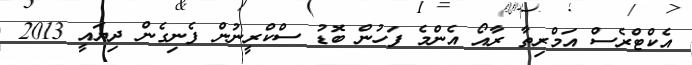
އެކްޓްރެސް އަމްރިތާ ރާއޯ އެންމެ ފަހުން ބޮޑު ސްކްރީނުން ފެނިގެން ދިޔައީ 2013